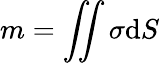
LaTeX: m=\iint\sigma\mathrm{d}S